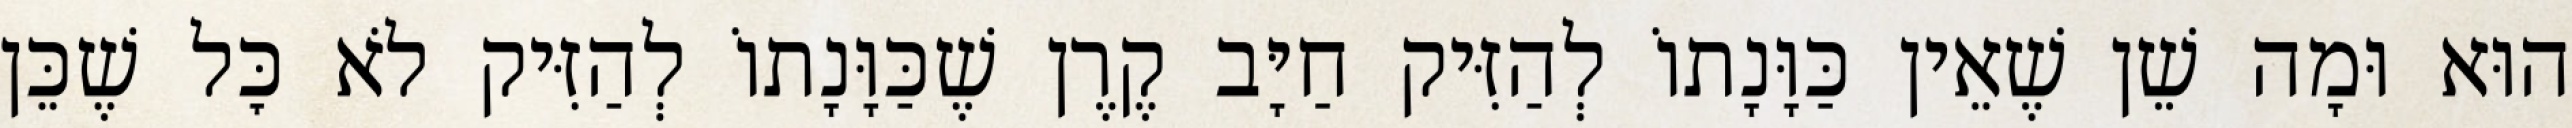
הוּא וּמָה שֵׁן שֶׁאֵין כַּוָּנָתוֹ לְהַזִּיק חַיָּב קֶרֶן שֶׁכַּוָּנָתוֹ לְהַזִּיק לֹא כׇּל שֶׁכֵּן